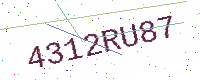
Text: 4312RU87